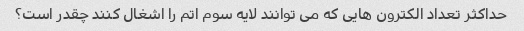
حداکثر تعداد الکترون هایی که می توانند لایه سوم اتم را اشغال کنند چقدر است؟